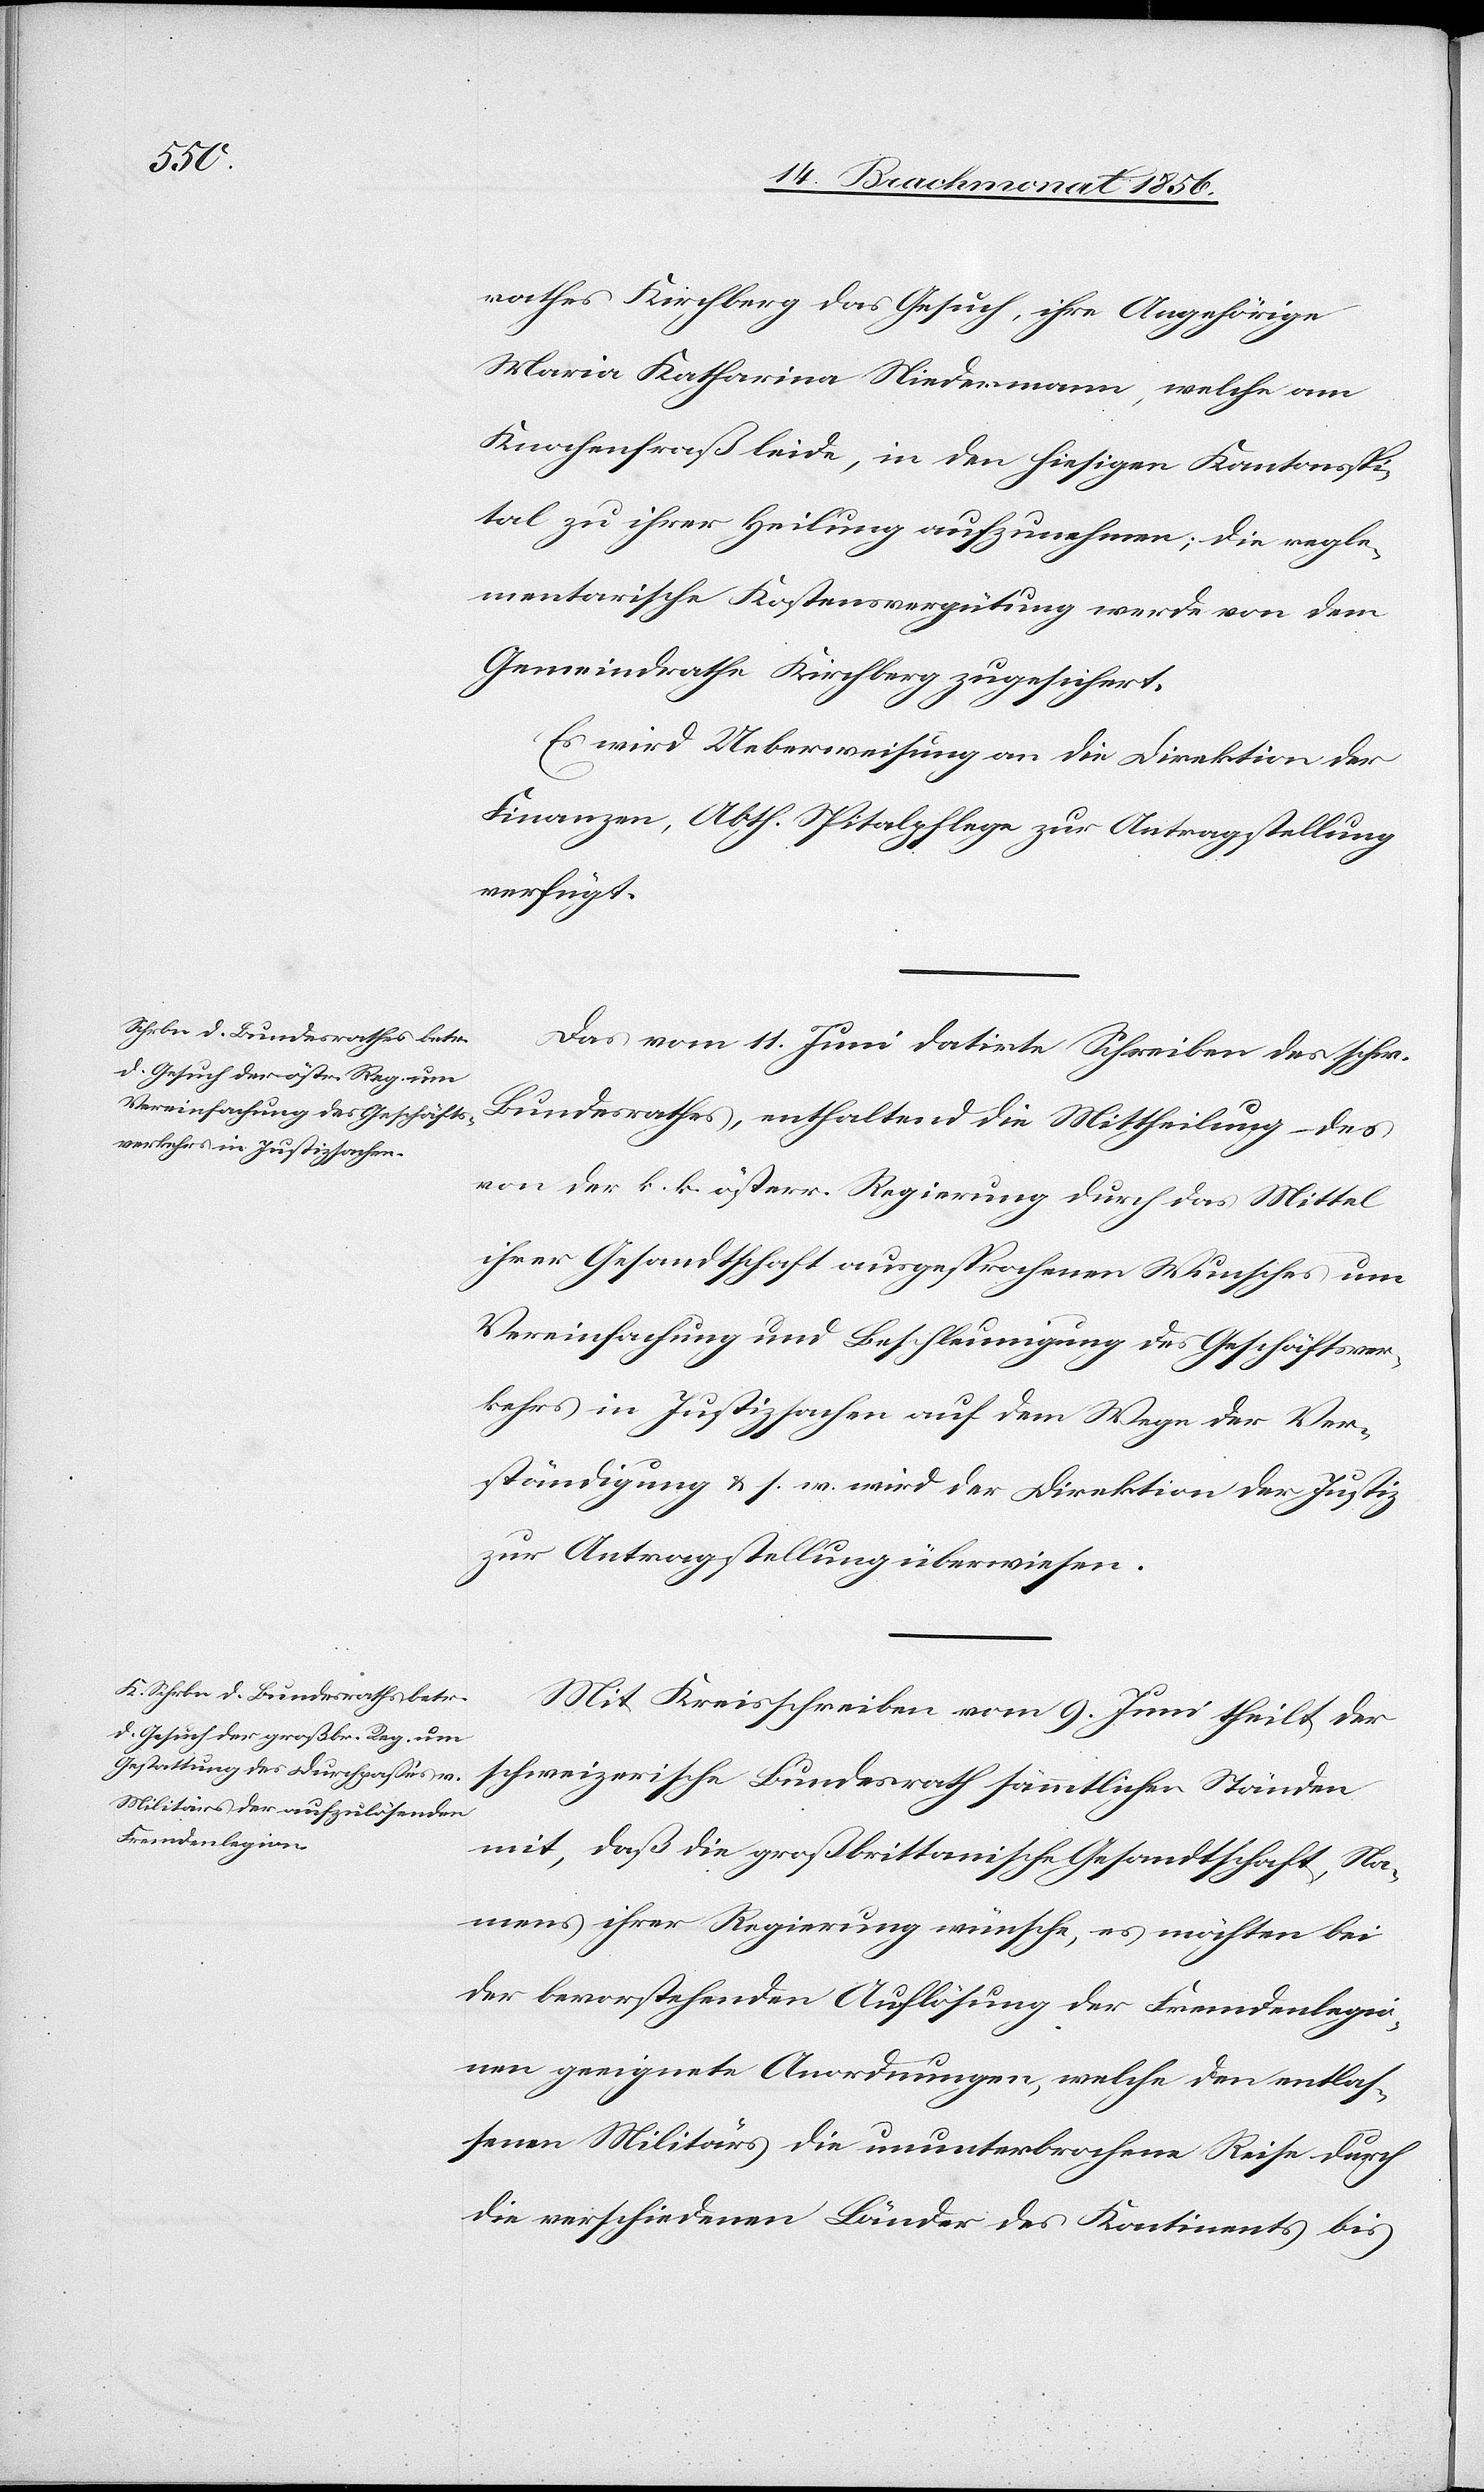
Brachm.

rathes Kirchberg das Gesuch, ihre Angehörige
Maria Katharina Niedermann, welche am
Knochenfraß leide, in den hiesigen Kantonsspi¬
tal zu ihrer Heilung aufzunehmen; die regle¬
mentarische Kostensvergütung werde von dem
Gemeindrathe Kirchberg zugesichert.
Es wird Ueberweisung an die Direktion der
Finanzen, Abth. Spitalpflege zur Antragstellung
verfügt.
Das vom 11. Juni datirte Schreiben des schw.
Bundesrathes, enthaltend die Mittheilung des
von der k. k. österr. Regierung durch das Mittel
ihrer Gesandtschaft ausgesprochenen Wunsches um
Vereinfachung und Beschleunigung des Geschäftsver¬
kehrs in Justizsachen auf dem Wege der Ver¬
ständigung & s. w. wird der Direktion der Justiz
zur Antragstellung überwiesen.
Mit Kreisschreiben vom 9. Juni theilt der
schweizerische Bundesrath sämmtlichen Ständen
mit, daß die großbrittanische Gesandtschaft, Na¬
mens ihrer Regierung wünsche, es möchten bei
der bevorstehenden Auflösung der Fremdenlegio¬
nen geeignete Anordnungen, welche den entlas¬
senen Militärs die ununterbrochene Reise durch
die verschiedenen Länder des Kontinents bis